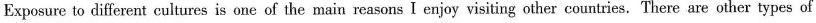
Exposure to different cultures is one of the main reasons I enjoy visiting other countries.There are other types of